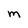
Character: m